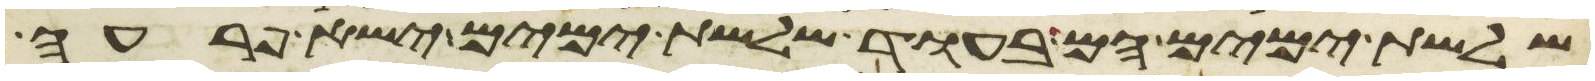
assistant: שלשת ימים הם בעוד שלשת ימים ישא פרעה